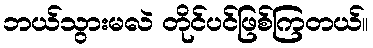
ဘယ်သွားမလဲ တိုင်ပင်ဖြစ်ကြတယ်။